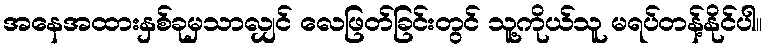
အနေအထားနှစ်ခုမှသာလျှင် လေဖြတ်ခြင်းတွင် သူ့ကိုယ်သူ မရပ်တန့်နိုင်ပါ။